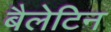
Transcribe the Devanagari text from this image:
बैलेटिन